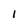
Character: I